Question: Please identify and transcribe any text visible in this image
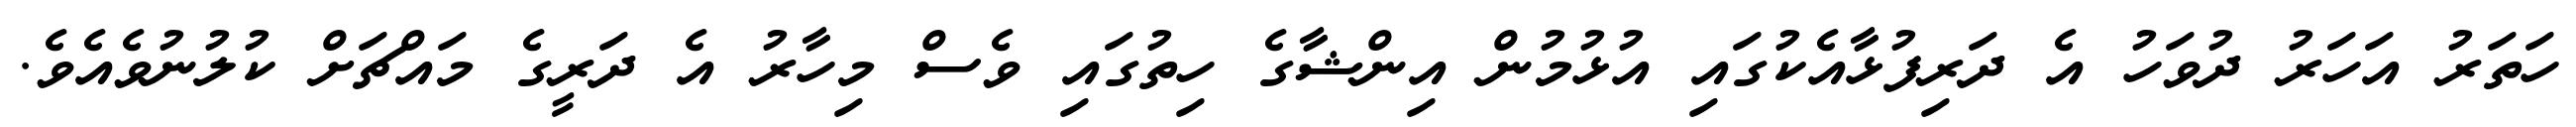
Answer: ހަތަރު އަހަރު ދުވަހު އެ ދަރިފުޅާއެކުގައި އުޅުމުން އިންޝާގެ ހިތުގައި ވެސް މިހާރު އެ ދަރީގެ މައްޗަށް ކުލުނުވެއެވެ.